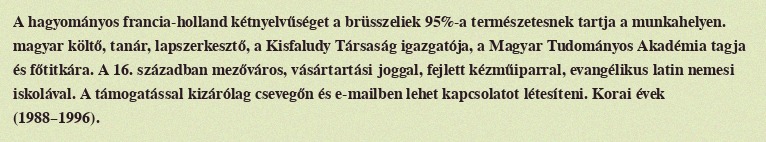
A hagyományos francia-holland kétnyelvűséget a brüsszeliek 95%-a természetesnek tartja a munkahelyen. magyar költő, tanár, lapszerkesztő, a Kisfaludy Társaság igazgatója, a Magyar Tudományos Akadémia tagja és főtitkára. A 16. században mezőváros, vásártartási joggal, fejlett kézműiparral, evangélikus latin nemesi iskolával. A támogatással kizárólag csevegőn és e-mailben lehet kapcsolatot létesíteni. Korai évek (1988–1996).